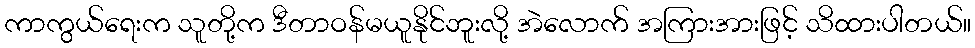
ကာကွယ်ရေးက သူတို့က ဒီတာဝန်မယူနိုင်ဘူးလို့ အဲလောက် အကြားအားဖြင့် သိထားပါတယ်။